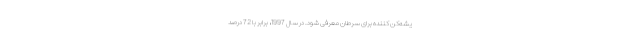
یشه‌کن کننده برای سرطان معرفی شود. در سال 1997، برابر با 72 درصد